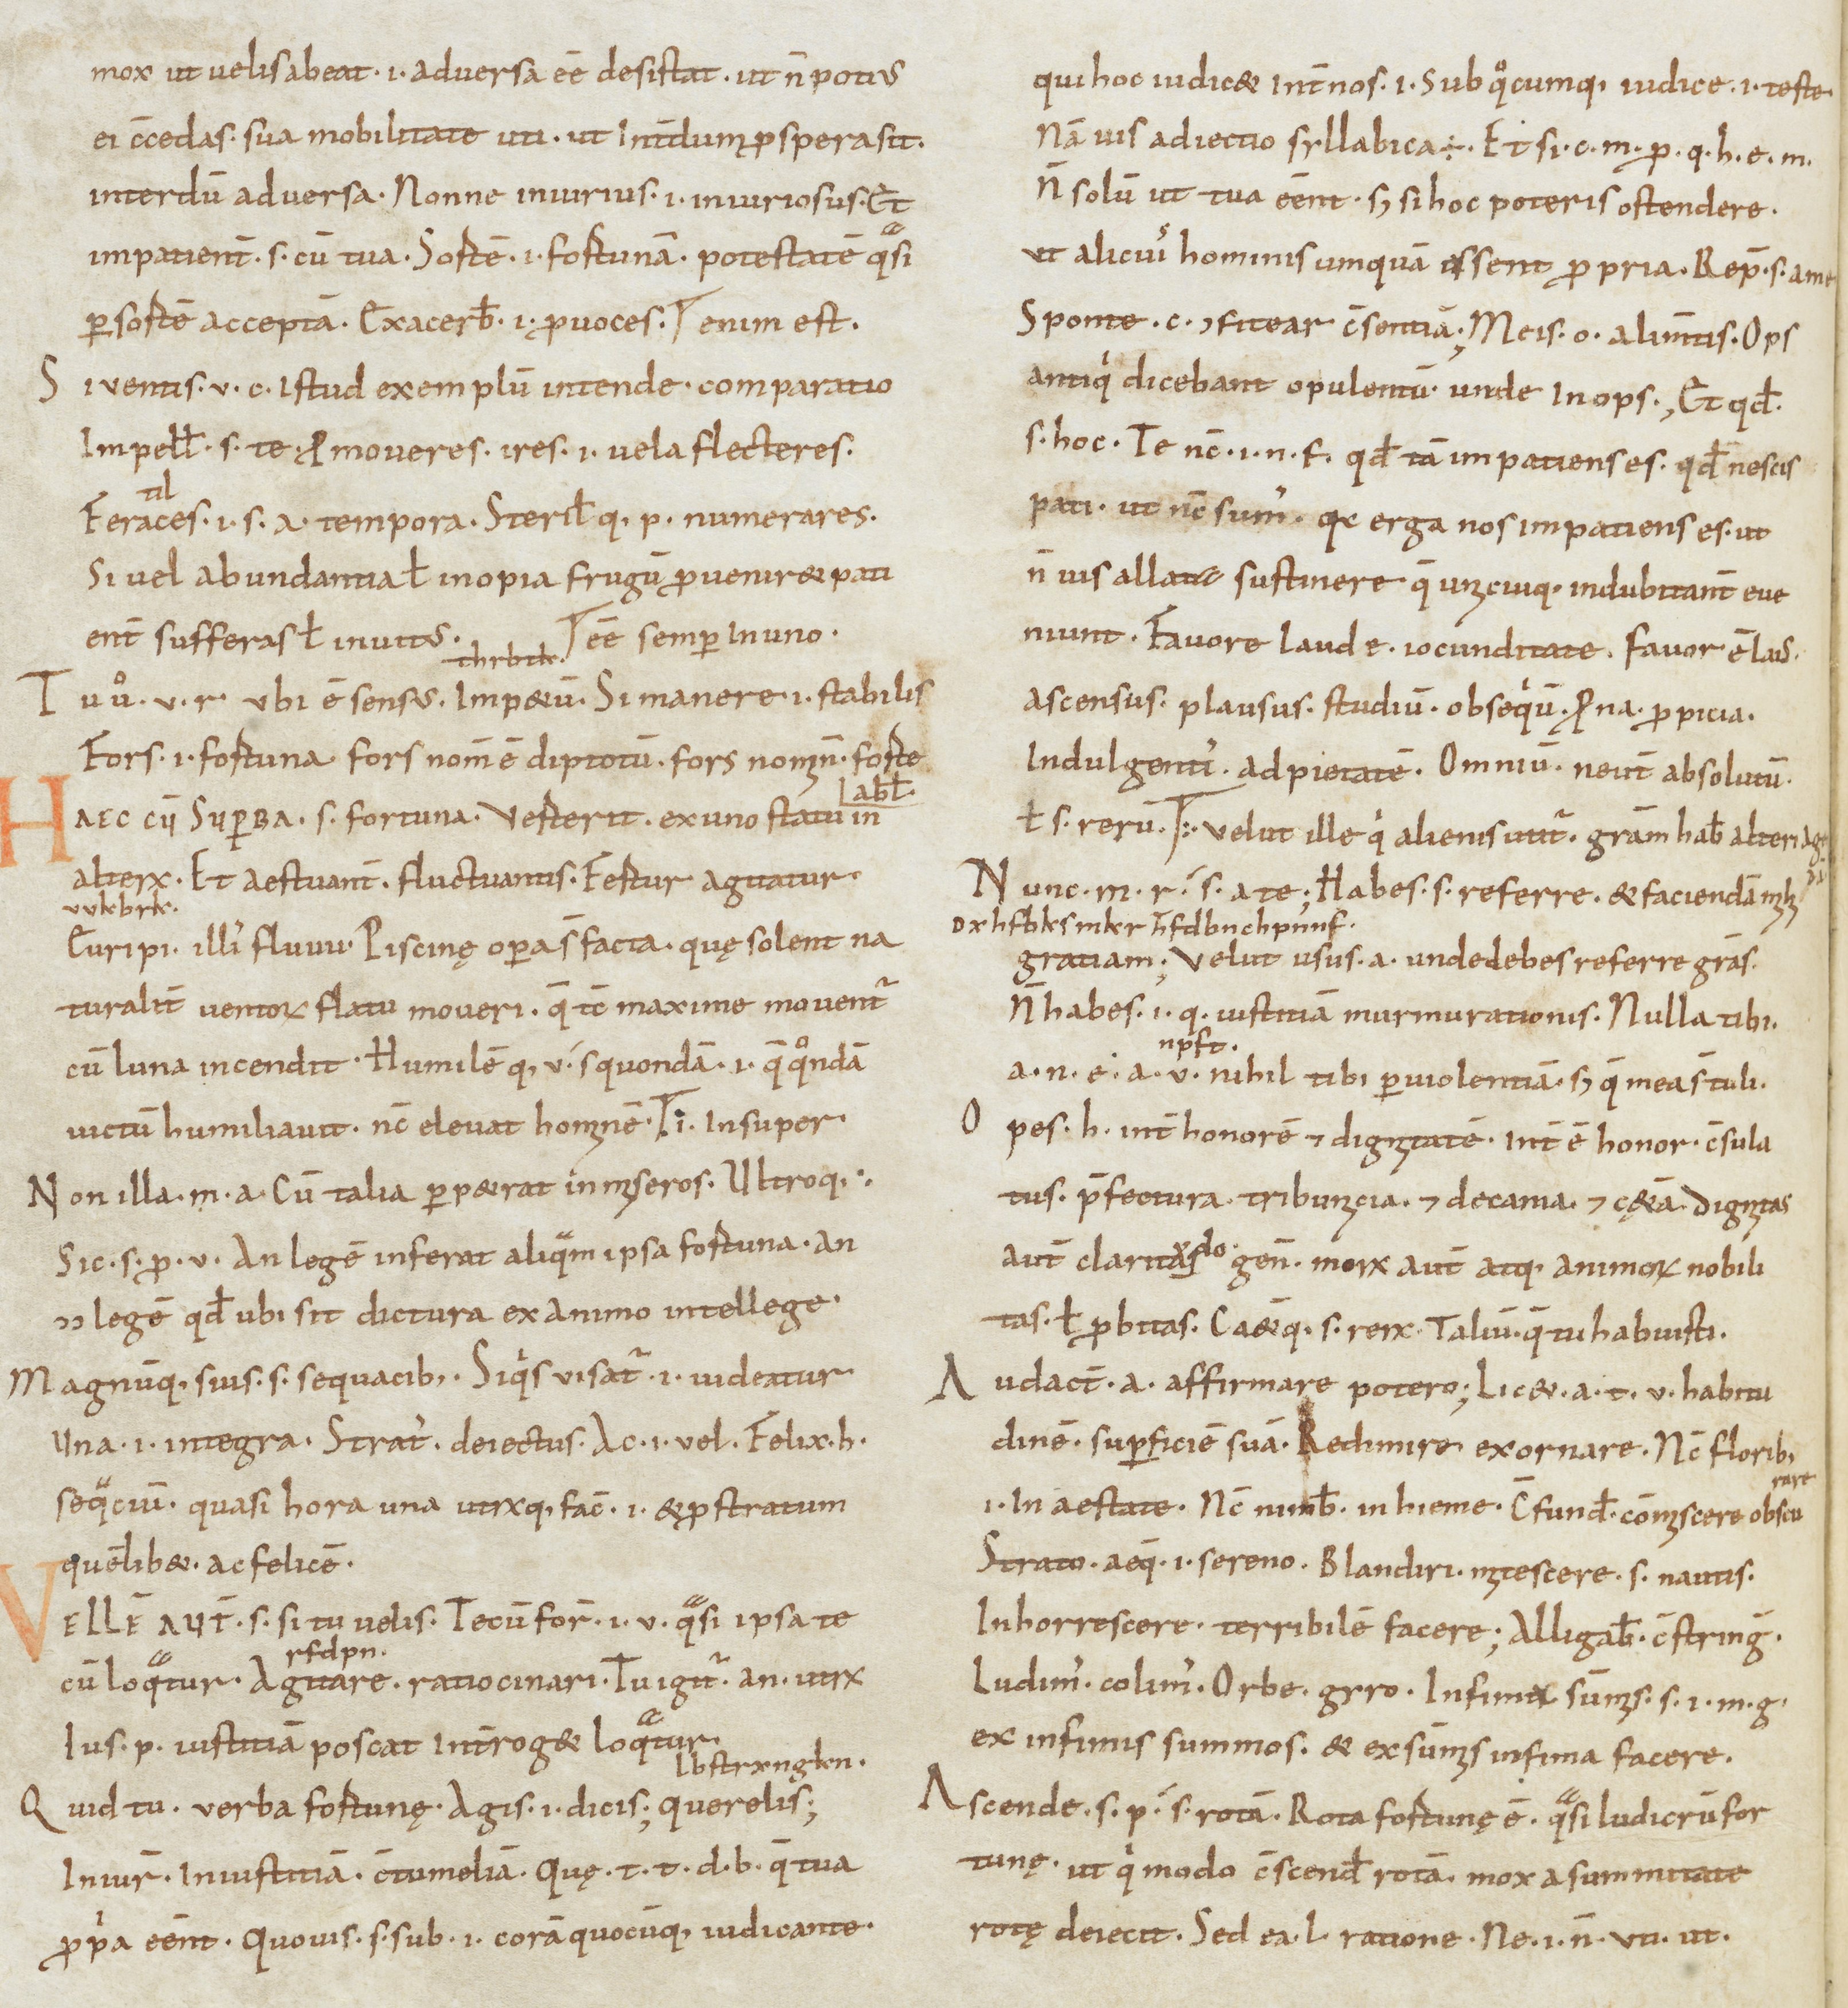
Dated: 950–999